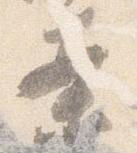
案